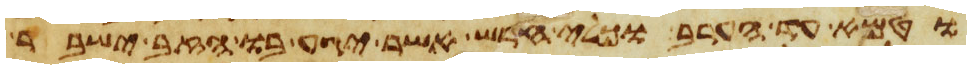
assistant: וטמא עד הערב וכלי חרש אשר יגע בו הזב ישבר